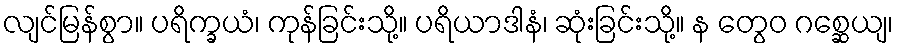
လျင်မြန်စွာ။ ပရိက္ခယံ၊ ကုန်ခြင်းသို့။ ပရိယာဒါနံ၊ ဆုံးခြင်းသို့။ န တွေဝ ဂစ္ဆေယျ၊